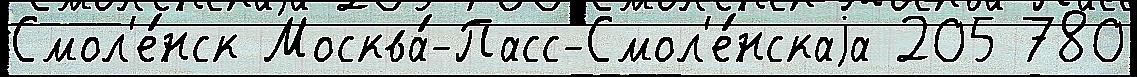
Смол'е́нск Москва́-Пасс-Смол'е́нскаjа 205 780